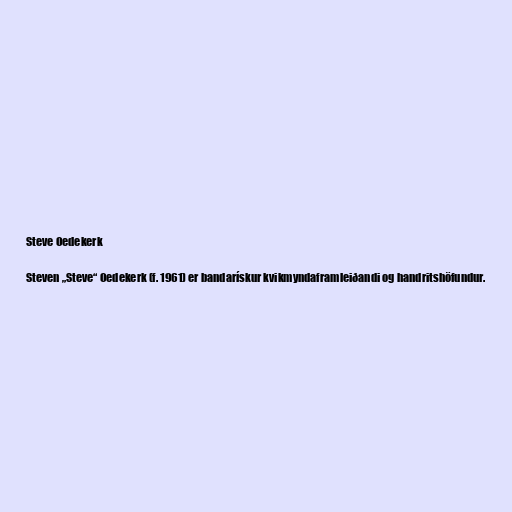
Steve Oedekerk

Steven „Steve“ Oedekerk (f. 1961) er bandarískur kvikmyndaframleiðandi og handritshöfundur.